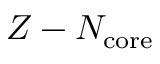
Z - N _ { \mathrm { c o r e } }